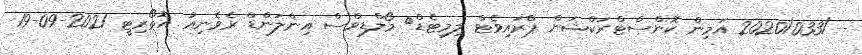
--/2020/033 އަމިން ކޮންސްޓްރަކްޝަން ޕްރައިވެޓް ލިމިޓެޑް	 މޯލްޑިވްސް އިންލަންޑް ރެވެނިއު އޮތޯރިޓީ 2021-09-19